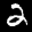
Label: 2